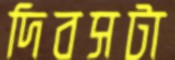
দিবসটা